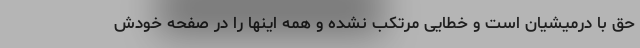
حق با درمیشیان است و خطایی مرتکب نشده و همه اینها را در صفحه خودش